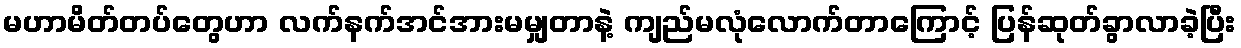
မဟာမိတ်တပ်တွေဟာ လက်နက်အင်အားမမျှတာနဲ့ ကျည်မလုံလောက်တာကြောင့် ပြန်ဆုတ်ခွာလာခဲ့ပြီး